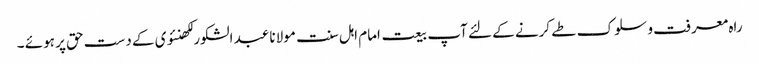
راہ معرفت و سلوک طے کرنے کے لئے آپ بیعت امام اہل سنت مولانا عبد الشکور لکھنئوی کے دست حق پر ہوئے ۔